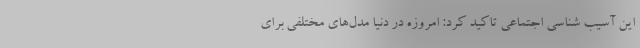
این آسیب شناسی اجتماعی تاکید کرد: امروزه در دنیا مدل‌های مختلفی برای